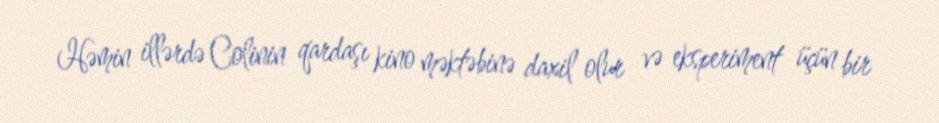
Həmin illərdə Colinin qardaşı kino məktəbinə daxil olur və eksperiment üçün bir